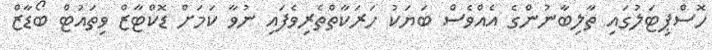
ހޮސްޕިޓަލުގައި ތާލިބާނުންގެ އެއްވެސް ބަޔަކު ހަރަކާތްތެރިވެފައި ނުވާ ކަމަށް ޑޮކްޓާޒް ވިތައުޓް ބޯޑާޒް